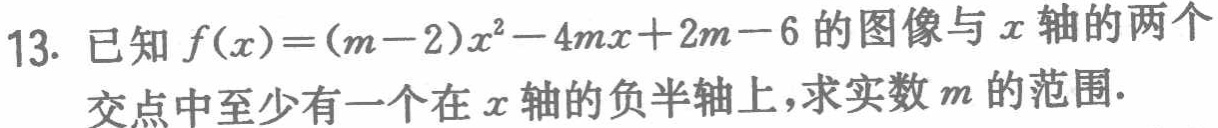
已知\(f(x)=(m - 2)x^{2}-4mx + 2m - 6\)的图像与\(x\)轴的两个交点中至少有一个在\(x\)轴的负半轴上，求实数\(m\)的范围.